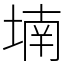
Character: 𡎜